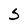
Character: S